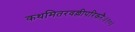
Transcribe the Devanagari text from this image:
कथमितरवल्लीपरिकरैः॥१०॥